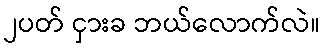
၂ပတ် ငှားခ ဘယ်လောက်လဲ။